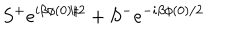
S ^ { + } e ^ { i \beta \phi ( 0 ) / 2 } + S ^ { - } e ^ { - i \beta \phi ( 0 ) / 2 }